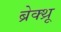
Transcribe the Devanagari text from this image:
ब्रेक्थ्रू